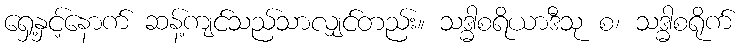
ရှေ့နှင့်နောက် ဆန့်ကျင်သည်သာလျှင်တည်း။ သဒ္ဓါစရိယာဒီသု စ၊ သဒ္ဓါစရိုက်